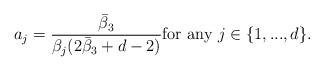
LaTeX: \begin{align*}a_j = \frac{\bar{\beta}_3}{\beta_j(2 \bar{\beta}_3 + d - 2)} \mbox{for any } j\in \{1, ..., d\}.\end{align*}